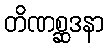
တိဏစ္ဆဒနာ